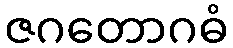
ဇဂတောဂဓံ